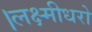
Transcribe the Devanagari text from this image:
।लक्ष्मीधरो